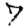
Digit: 7